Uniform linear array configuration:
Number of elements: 32
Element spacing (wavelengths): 0.5
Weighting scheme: cosine
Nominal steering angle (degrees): -45
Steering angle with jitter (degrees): -46.896
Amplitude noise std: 0.05
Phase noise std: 0.05

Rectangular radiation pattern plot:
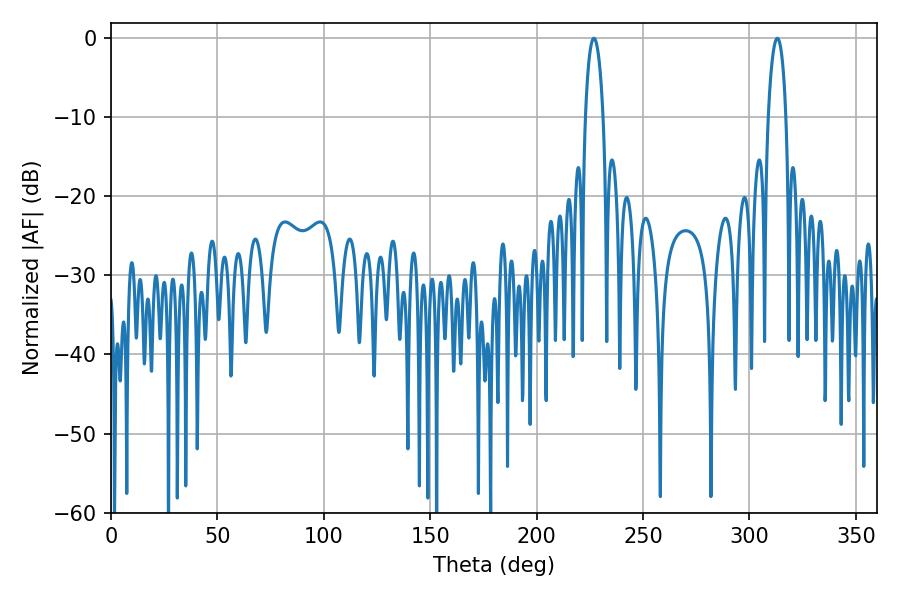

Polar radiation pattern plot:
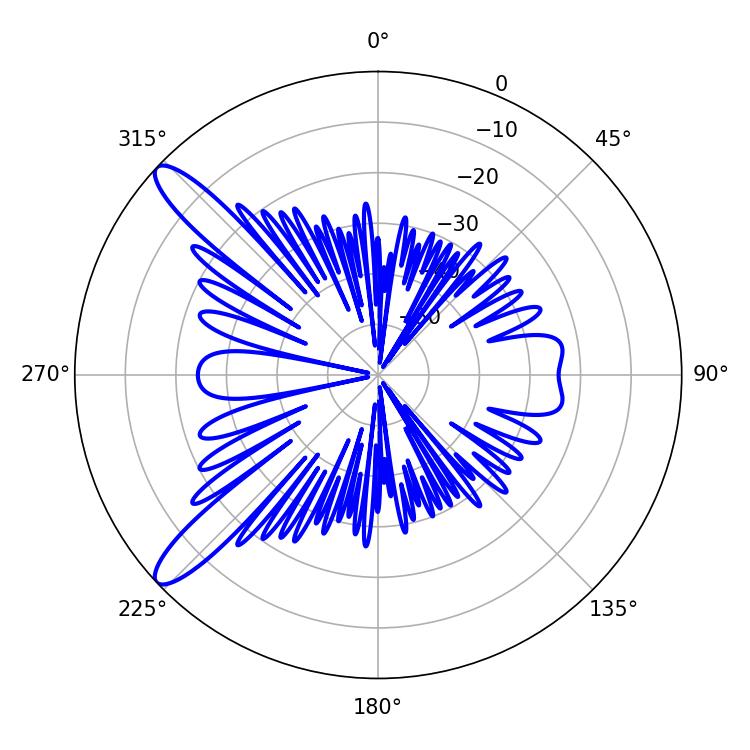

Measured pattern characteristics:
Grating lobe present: FALSE
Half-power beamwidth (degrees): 4.68
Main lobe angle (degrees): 313.02